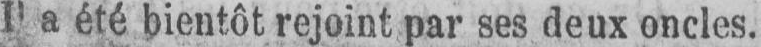
Il a été bientôt rejoint par ses deux oncles.